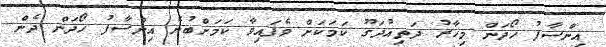
އިންސާފު ހޯދަން މިހާރު ދަތިއުދަގޫ ކަމަކަށް ވެފައިވާ ކަމަށްބުނެ އިންސާފު ހޯދަން ދެން